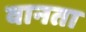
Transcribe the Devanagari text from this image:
वानता